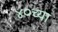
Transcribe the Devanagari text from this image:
४०च्या